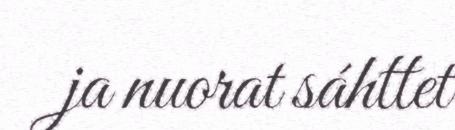
ja nuorat sáhttet